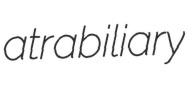
atrabiliary